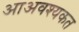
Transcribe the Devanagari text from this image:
आअवश्यकत